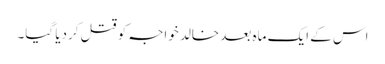
اس کے ایک ماہ بعد خالد خواجہ کو قتل کردیا گیا۔